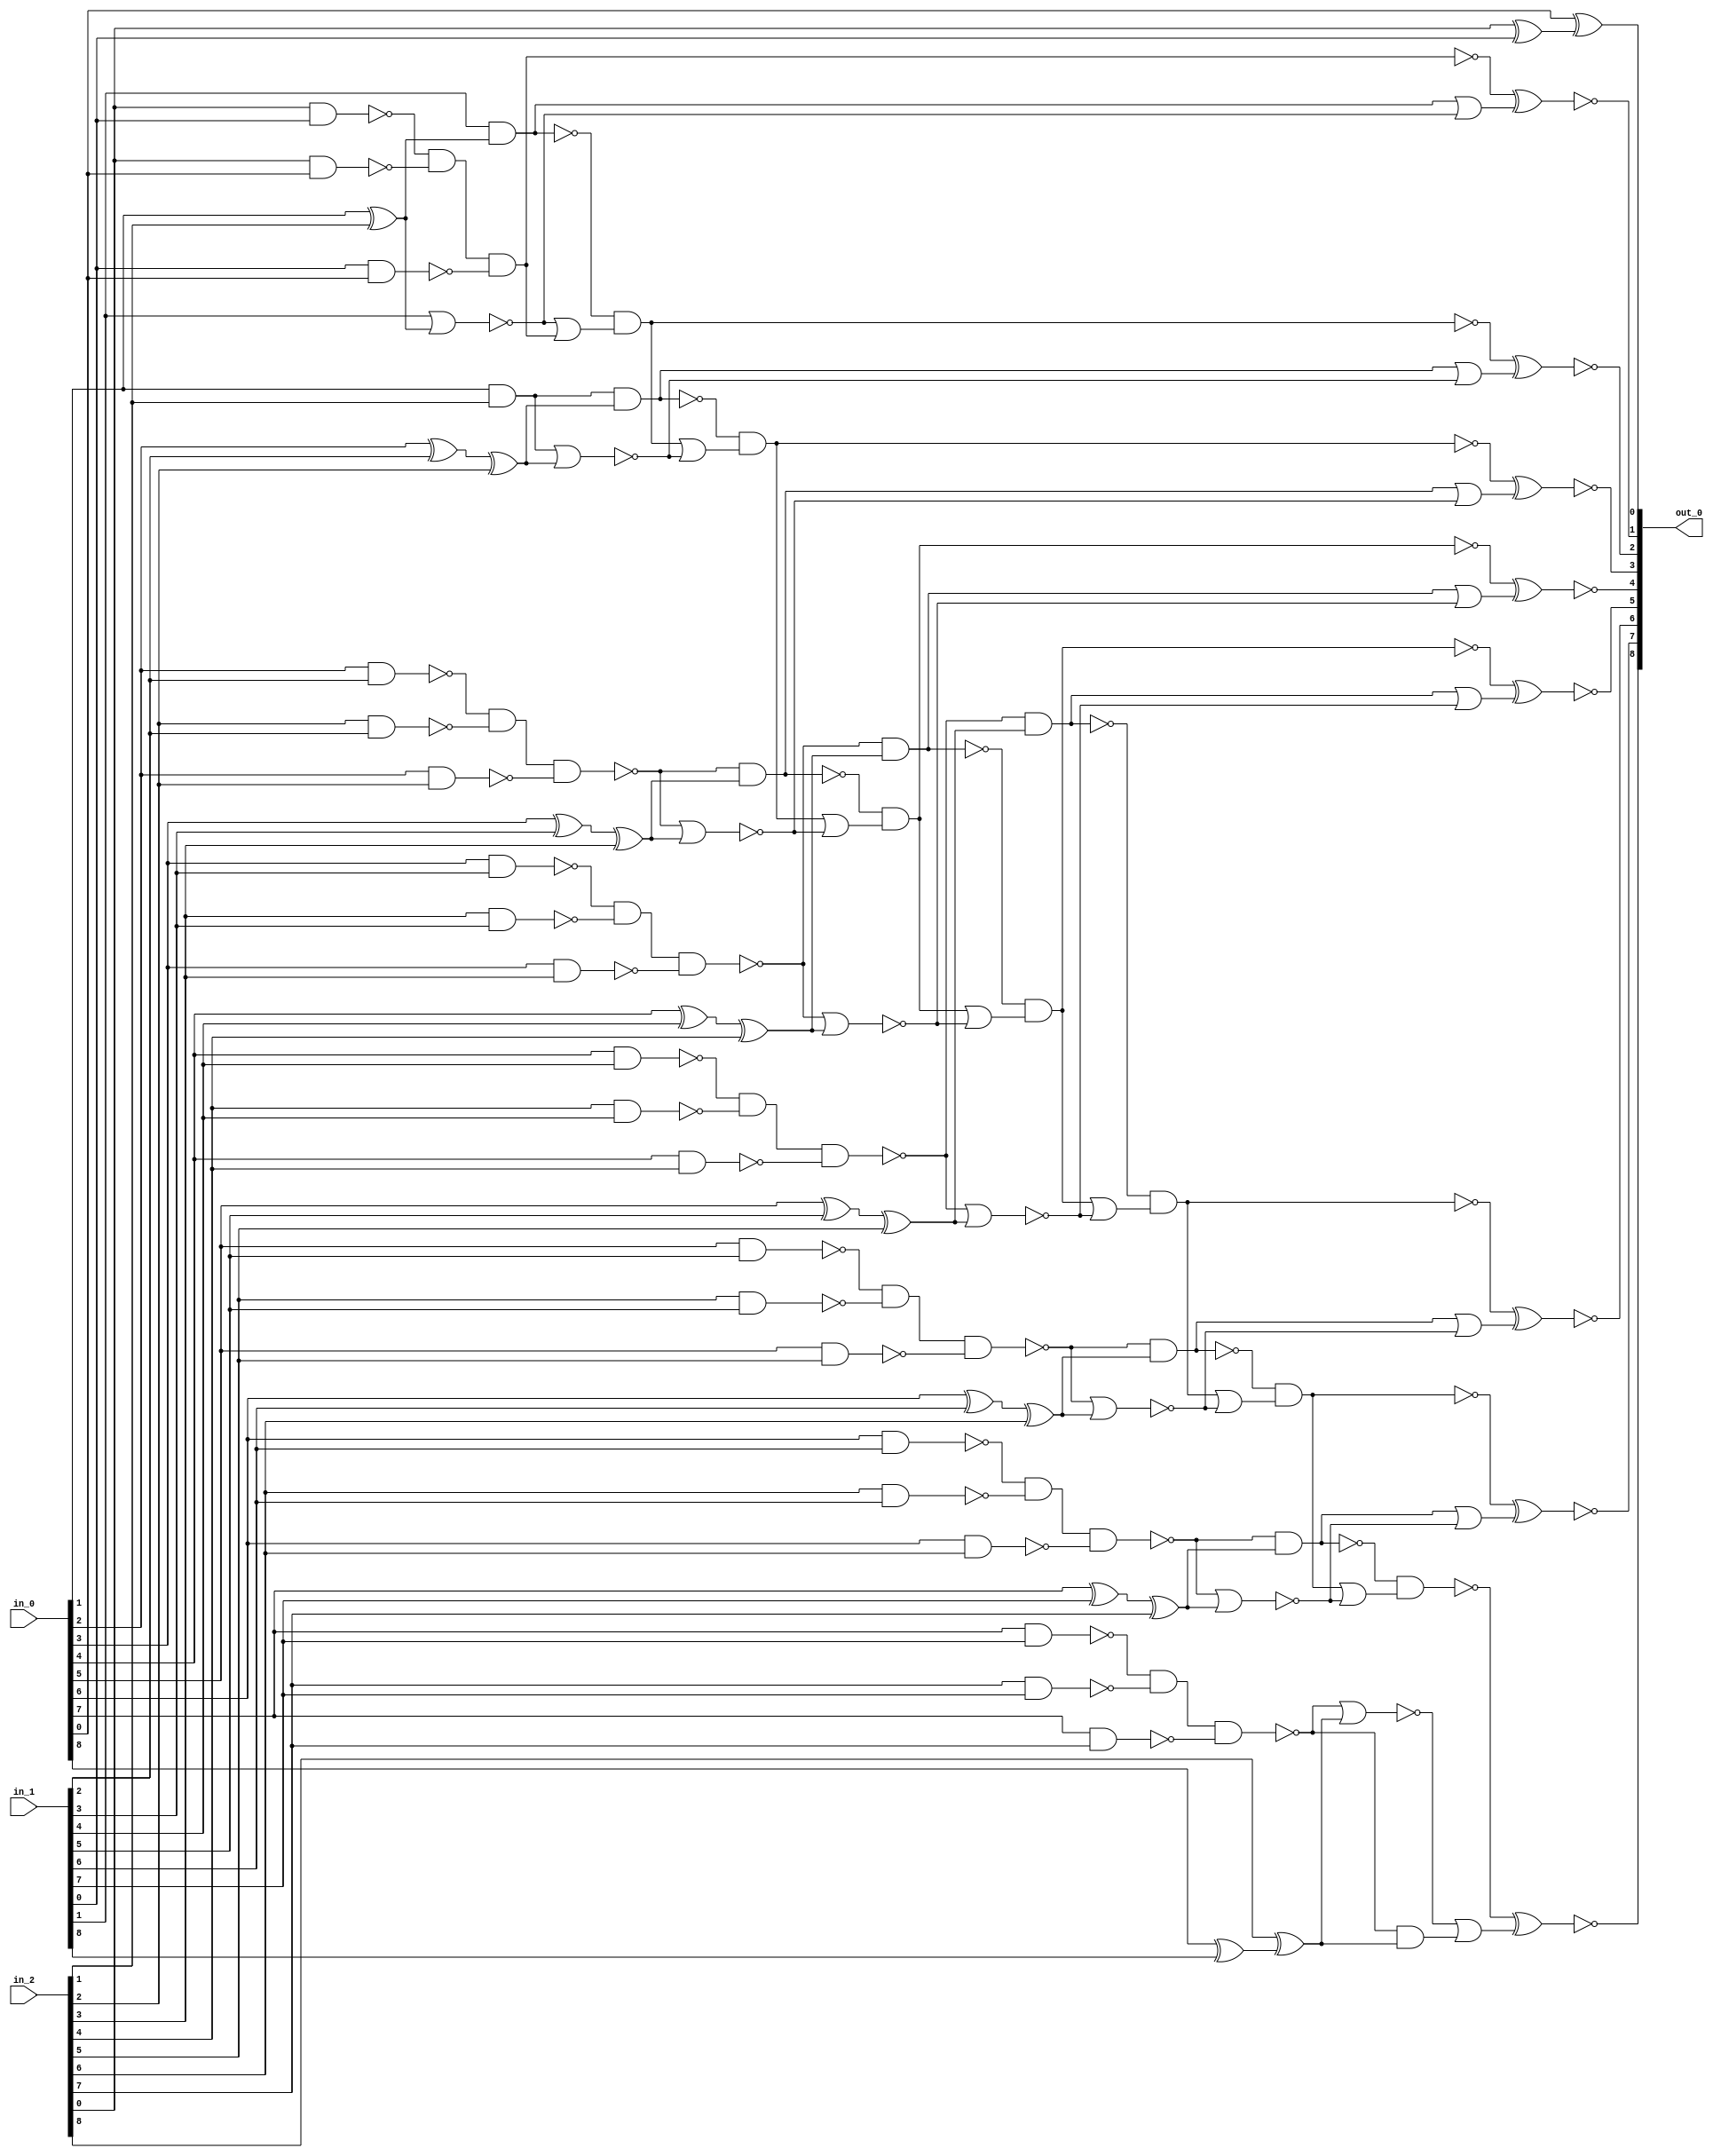
module csa_tree_add_133_23_group_102_GENERIC_REAL(in_0, in_1, in_2,
     out_0);
// synthesis_equation "assign out_0 = ( ( $signed(in_1) + $signed(in_2) )  + $signed(in_0) )  ;"
  input [8:0] in_0, in_1, in_2;
  output [8:0] out_0;
  wire [8:0] in_0, in_1, in_2;
  wire [8:0] out_0;
  wire n_37, n_38, n_39, n_40, n_41, n_42, n_43, n_44;
  wire n_45, n_46, n_47, n_48, n_49, n_50, n_51, n_52;
  wire n_53, n_54, n_55, n_60, n_61, n_62, n_63, n_64;
  wire n_65, n_66, n_67, n_68, n_69, n_70, n_71, n_72;
  wire n_73, n_74, n_75, n_76, n_77, n_78, n_79, n_80;
  wire n_81, n_82, n_91, n_92, n_93, n_94, n_95, n_97;
  wire n_98, n_99, n_100, n_102, n_103, n_105, n_106, n_107;
  wire n_108, n_110, n_111, n_112, n_113, n_115, n_116, n_117;
  wire n_118, n_120, n_121, n_122, n_123, n_125, n_126, n_127;
  wire n_128, n_130, n_131, n_132, n_133, n_134, n_135, n_136;
  wire n_137, n_138, n_139;
  xor g13 (n_53, in_0[1], in_2[1]);
  and g14 (n_43, in_0[1], in_2[1]);
  xor g15 (n_61, in_0[2], in_1[2]);
  xor g16 (n_52, n_61, in_2[2]);
  nand g17 (n_62, in_0[2], in_1[2]);
  nand g4 (n_63, in_2[2], in_1[2]);
  nand g5 (n_64, in_0[2], in_2[2]);
  nand g18 (n_42, n_62, n_63, n_64);
  xor g19 (n_65, in_0[3], in_1[3]);
  xor g20 (n_51, n_65, in_2[3]);
  nand g21 (n_66, in_0[3], in_1[3]);
  nand g22 (n_54, in_2[3], in_1[3]);
  nand g23 (n_55, in_0[3], in_2[3]);
  nand g6 (n_41, n_66, n_54, n_55);
  xor g24 (n_67, in_0[4], in_1[4]);
  xor g25 (n_50, n_67, in_2[4]);
  nand g26 (n_68, in_0[4], in_1[4]);
  nand g27 (n_69, in_2[4], in_1[4]);
  nand g28 (n_70, in_0[4], in_2[4]);
  nand g29 (n_40, n_68, n_69, n_70);
  xor g30 (n_71, in_0[5], in_1[5]);
  xor g31 (n_49, n_71, in_2[5]);
  nand g32 (n_72, in_0[5], in_1[5]);
  nand g33 (n_73, in_2[5], in_1[5]);
  nand g34 (n_74, in_0[5], in_2[5]);
  nand g35 (n_39, n_72, n_73, n_74);
  xor g36 (n_75, in_0[6], in_1[6]);
  xor g37 (n_48, n_75, in_2[6]);
  nand g38 (n_76, in_0[6], in_1[6]);
  nand g39 (n_77, in_2[6], in_1[6]);
  nand g40 (n_78, in_0[6], in_2[6]);
  nand g41 (n_38, n_76, n_77, n_78);
  xor g42 (n_79, in_0[7], in_1[7]);
  xor g43 (n_47, n_79, in_2[7]);
  nand g44 (n_80, in_0[7], in_1[7]);
  nand g45 (n_81, in_2[7], in_1[7]);
  nand g46 (n_82, in_0[7], in_2[7]);
  nand g47 (n_37, n_80, n_81, n_82);
  xor g51 (n_46, in_2[8], n_60);
  xor g58 (n_139, in_2[0], in_1[0]);
  nand g59 (n_91, in_2[0], in_1[0]);
  nand g60 (n_92, in_2[0], in_0[0]);
  nand g7 (n_93, in_1[0], in_0[0]);
  nand g8 (n_95, n_91, n_92, n_93);
  nor g9 (n_94, in_1[1], n_53);
  nand g10 (n_97, in_1[1], n_53);
  nor g11 (n_99, n_43, n_52);
  nand g12 (n_44, n_43, n_52);
  nor g61 (n_102, n_42, n_51);
  nand g62 (n_105, n_42, n_51);
  nor g63 (n_107, n_41, n_50);
  nand g64 (n_110, n_41, n_50);
  nor g65 (n_112, n_40, n_49);
  nand g66 (n_115, n_40, n_49);
  nor g67 (n_117, n_39, n_48);
  nand g68 (n_120, n_39, n_48);
  nor g69 (n_122, n_38, n_47);
  nand g70 (n_125, n_38, n_47);
  nand g75 (n_100, n_97, n_98);
  nand g78 (n_103, n_44, n_45);
  nand g81 (n_108, n_105, n_106);
  nand g84 (n_113, n_110, n_111);
  nand g87 (n_118, n_115, n_116);
  nand g90 (n_123, n_120, n_121);
  nand g93 (n_128, n_125, n_126);
  xnor g96 (out_0[1], n_95, n_131);
  xnor g98 (out_0[2], n_100, n_132);
  xnor g100 (out_0[3], n_103, n_133);
  xnor g102 (out_0[4], n_108, n_134);
  xnor g104 (out_0[5], n_113, n_135);
  xnor g106 (out_0[6], n_118, n_136);
  xnor g108 (out_0[7], n_123, n_137);
  xnor g110 (out_0[8], n_128, n_138);
  xor g111 (out_0[0], in_0[0], n_139);
  xor g112 (n_60, in_0[8], in_1[8]);
  or g113 (n_98, n_94, wc);
  not gc (wc, n_95);
  or g114 (n_131, wc0, n_94);
  not gc0 (wc0, n_97);
  and g115 (n_127, n_37, n_46);
  or g116 (n_130, n_37, n_46);
  or g117 (n_132, wc1, n_99);
  not gc1 (wc1, n_44);
  or g118 (n_133, wc2, n_102);
  not gc2 (wc2, n_105);
  or g119 (n_134, wc3, n_107);
  not gc3 (wc3, n_110);
  or g120 (n_135, wc4, n_112);
  not gc4 (wc4, n_115);
  or g121 (n_136, wc5, n_117);
  not gc5 (wc5, n_120);
  or g122 (n_137, wc6, n_122);
  not gc6 (wc6, n_125);
  or g123 (n_45, wc7, n_99);
  not gc7 (wc7, n_100);
  or g124 (n_138, wc8, n_127);
  not gc8 (wc8, n_130);
  or g125 (n_106, wc9, n_102);
  not gc9 (wc9, n_103);
  or g126 (n_111, wc10, n_107);
  not gc10 (wc10, n_108);
  or g127 (n_116, wc11, n_112);
  not gc11 (wc11, n_113);
  or g128 (n_121, wc12, n_117);
  not gc12 (wc12, n_118);
  or g129 (n_126, wc13, n_122);
  not gc13 (wc13, n_123);
endmodule

module csa_tree_add_133_23_group_102_GENERIC(in_0, in_1, in_2, out_0);
  input [8:0] in_0, in_1, in_2;
  output [8:0] out_0;
  wire [8:0] in_0, in_1, in_2;
  wire [8:0] out_0;
  csa_tree_add_133_23_group_102_GENERIC_REAL g1(.in_0 (in_0), .in_1
       (in_1), .in_2 (in_2), .out_0 (out_0));
endmodule

module csa_tree_add_38_13_group_104_GENERIC_REAL(in_0, in_1, in_2,
     out_0);
// synthesis_equation "assign out_0 = ( $signed(in_2) + ( $signed(in_0) * $signed(in_1) )  )  ;"
  input [1:0] in_0;
  input [8:0] in_1;
  input [11:0] in_2;
  output [11:0] out_0;
  wire [1:0] in_0;
  wire [8:0] in_1;
  wire [11:0] in_2;
  wire [11:0] out_0;
  wire n_38, n_39, n_40, n_41, n_42, n_43, n_44, n_45;
  wire n_46, n_47, n_49, n_50, n_51, n_52, n_53, n_54;
  wire n_55, n_56, n_57, n_58, n_60, n_62, n_63, n_64;
  wire n_65, n_66, n_67, n_68, n_69, n_70, n_71, n_72;
  wire n_73, n_74, n_76, n_77, n_79, n_85, n_86, n_87;
  wire n_88, n_89, n_90, n_91, n_92, n_93, n_94, n_95;
  wire n_96, n_97, n_98, n_99, n_100, n_101, n_102, n_103;
  wire n_104, n_105, n_106, n_107, n_108, n_109, n_110, n_111;
  wire n_112, n_113, n_114, n_115, n_116, n_117, n_121, n_123;
  wire n_126, n_127, n_128, n_129, n_131, n_132, n_133, n_134;
  wire n_136, n_137, n_138, n_140, n_141, n_142, n_143, n_145;
  wire n_146, n_147, n_148, n_150, n_151, n_152, n_153, n_155;
  wire n_156, n_157, n_158, n_160, n_161, n_162, n_163, n_165;
  wire n_166, n_167, n_168, n_170, n_171, n_172, n_173, n_175;
  wire n_176, n_177, n_178, n_179, n_180, n_181, n_182, n_183;
  wire n_184, n_185, n_186;
  and g2 (n_47, in_1[0], in_0[0]);
  and g3 (n_46, in_1[1], in_0[0]);
  and g4 (n_63, in_1[2], in_0[0]);
  and g5 (n_65, in_1[3], in_0[0]);
  and g6 (n_67, in_1[4], in_0[0]);
  and g7 (n_69, in_1[5], in_0[0]);
  and g8 (n_71, in_1[6], in_0[0]);
  and g9 (n_73, in_1[7], in_0[0]);
  nand g10 (n_76, in_1[8], in_0[0]);
  nand g11 (n_62, in_1[0], in_0[1]);
  nand g12 (n_64, in_1[1], in_0[1]);
  nand g13 (n_66, in_1[2], in_0[1]);
  nand g14 (n_68, in_1[3], in_0[1]);
  nand g15 (n_70, in_1[4], in_0[1]);
  nand g16 (n_72, in_1[5], in_0[1]);
  nand g17 (n_74, in_1[6], in_0[1]);
  nand g18 (n_77, in_1[7], in_0[1]);
  and g19 (n_79, in_1[8], in_0[1]);
  nand g35 (n_85, in_2[1], n_62);
  xor g37 (n_86, in_2[2], n_63);
  xor g38 (n_57, n_86, n_64);
  nand g39 (n_87, in_2[2], n_63);
  nand g40 (n_88, n_64, n_63);
  nand g41 (n_89, in_2[2], n_64);
  nand g42 (n_44, n_87, n_88, n_89);
  xor g43 (n_90, in_2[3], n_65);
  xor g44 (n_56, n_90, n_66);
  nand g45 (n_91, in_2[3], n_65);
  nand g46 (n_92, n_66, n_65);
  nand g47 (n_93, in_2[3], n_66);
  nand g48 (n_43, n_91, n_92, n_93);
  xor g49 (n_94, in_2[4], n_67);
  xor g50 (n_55, n_94, n_68);
  nand g51 (n_95, in_2[4], n_67);
  nand g52 (n_96, n_68, n_67);
  nand g53 (n_97, in_2[4], n_68);
  nand g54 (n_42, n_95, n_96, n_97);
  xor g55 (n_98, in_2[5], n_69);
  xor g56 (n_54, n_98, n_70);
  nand g57 (n_99, in_2[5], n_69);
  nand g58 (n_100, n_70, n_69);
  nand g59 (n_101, in_2[5], n_70);
  nand g60 (n_41, n_99, n_100, n_101);
  xor g61 (n_102, in_2[6], n_71);
  xor g62 (n_53, n_102, n_72);
  nand g63 (n_103, in_2[6], n_71);
  nand g64 (n_104, n_72, n_71);
  nand g65 (n_105, in_2[6], n_72);
  nand g66 (n_40, n_103, n_104, n_105);
  xor g67 (n_106, in_2[7], n_73);
  xor g68 (n_52, n_106, n_74);
  nand g69 (n_107, in_2[7], n_73);
  nand g70 (n_108, n_74, n_73);
  nand g71 (n_109, in_2[7], n_74);
  nand g72 (n_39, n_107, n_108, n_109);
  xor g75 (n_110, n_76, n_77);
  nand g77 (n_111, n_76, n_77);
  nand g80 (n_38, n_111, n_112, n_113);
  xor g81 (n_114, in_2[9], n_79);
  xor g82 (n_50, n_114, in_2[8]);
  nand g83 (n_115, in_2[9], n_79);
  nand g84 (n_116, in_2[8], n_79);
  nand g85 (n_117, in_2[9], in_2[8]);
  nand g86 (n_49, n_115, n_116, n_117);
  nand g93 (n_121, n_47, in_2[0]);
  nor g96 (n_123, n_46, n_58);
  nand g97 (n_126, n_46, n_58);
  nor g98 (n_128, n_45, n_57);
  nand g99 (n_131, n_45, n_57);
  nor g100 (n_133, n_44, n_56);
  nand g101 (n_136, n_44, n_56);
  nor g102 (n_60, n_43, n_55);
  nand g103 (n_140, n_43, n_55);
  nor g104 (n_142, n_42, n_54);
  nand g105 (n_145, n_42, n_54);
  nor g106 (n_147, n_41, n_53);
  nand g20 (n_150, n_41, n_53);
  nor g21 (n_152, n_40, n_52);
  nand g22 (n_155, n_40, n_52);
  nor g23 (n_157, n_39, n_51);
  nand g24 (n_160, n_39, n_51);
  nor g25 (n_162, n_38, n_50);
  nand g26 (n_165, n_38, n_50);
  nand g109 (n_129, n_126, n_127);
  nand g112 (n_134, n_131, n_132);
  nand g115 (n_138, n_136, n_137);
  nand g118 (n_143, n_140, n_141);
  nand g121 (n_148, n_145, n_146);
  nand g124 (n_153, n_150, n_151);
  nand g127 (n_158, n_155, n_156);
  nand g130 (n_163, n_160, n_161);
  nand g133 (n_168, n_165, n_166);
  nand g136 (n_173, n_170, n_171);
  xnor g141 (out_0[2], n_129, n_177);
  xnor g143 (out_0[3], n_134, n_178);
  xnor g145 (out_0[4], n_138, n_179);
  xnor g147 (out_0[5], n_143, n_180);
  xnor g149 (out_0[6], n_148, n_181);
  xnor g151 (out_0[7], n_153, n_182);
  xnor g153 (out_0[8], n_158, n_183);
  xnor g155 (out_0[9], n_163, n_184);
  xnor g157 (out_0[10], n_168, n_185);
  xnor g159 (out_0[11], n_173, n_186);
  xor g160 (out_0[0], in_2[0], n_47);
  xnor g164 (n_58, n_62, in_2[1]);
  or g166 (n_112, in_2[8], wc);
  not gc (wc, n_77);
  or g167 (n_113, in_2[8], wc0);
  not gc0 (wc0, n_76);
  or g168 (n_45, in_2[1], wc1, n_62);
  not gc1 (wc1, n_85);
  xnor g169 (n_51, n_110, in_2[8]);
  and g171 (n_172, in_2[10], wc2);
  not gc2 (wc2, in_2[11]);
  or g172 (n_175, in_2[10], wc3);
  not gc3 (wc3, in_2[11]);
  and g173 (n_167, in_2[10], wc4);
  not gc4 (wc4, n_49);
  or g174 (n_170, in_2[10], wc5);
  not gc5 (wc5, n_49);
  or g175 (n_127, n_121, n_123);
  or g176 (n_176, wc6, n_123);
  not gc6 (wc6, n_126);
  or g177 (n_186, wc7, n_172);
  not gc7 (wc7, n_175);
  xor g178 (out_0[1], n_121, n_176);
  or g179 (n_177, wc8, n_128);
  not gc8 (wc8, n_131);
  or g180 (n_178, wc9, n_133);
  not gc9 (wc9, n_136);
  or g181 (n_179, wc10, n_60);
  not gc10 (wc10, n_140);
  or g182 (n_180, wc11, n_142);
  not gc11 (wc11, n_145);
  or g183 (n_181, wc12, n_147);
  not gc12 (wc12, n_150);
  or g184 (n_182, wc13, n_152);
  not gc13 (wc13, n_155);
  or g185 (n_183, wc14, n_157);
  not gc14 (wc14, n_160);
  or g186 (n_184, wc15, n_162);
  not gc15 (wc15, n_165);
  or g187 (n_185, wc16, n_167);
  not gc16 (wc16, n_170);
  or g188 (n_132, wc17, n_128);
  not gc17 (wc17, n_129);
  or g189 (n_137, wc18, n_133);
  not gc18 (wc18, n_134);
  or g190 (n_141, wc19, n_60);
  not gc19 (wc19, n_138);
  or g191 (n_146, wc20, n_142);
  not gc20 (wc20, n_143);
  or g192 (n_151, wc21, n_147);
  not gc21 (wc21, n_148);
  or g193 (n_156, wc22, n_152);
  not gc22 (wc22, n_153);
  or g194 (n_161, wc23, n_157);
  not gc23 (wc23, n_158);
  or g195 (n_166, wc24, n_162);
  not gc24 (wc24, n_163);
  or g196 (n_171, n_167, wc25);
  not gc25 (wc25, n_168);
endmodule

module csa_tree_add_38_13_group_104_GENERIC(in_0, in_1, in_2, out_0);
  input [1:0] in_0;
  input [8:0] in_1;
  input [11:0] in_2;
  output [11:0] out_0;
  wire [1:0] in_0;
  wire [8:0] in_1;
  wire [11:0] in_2;
  wire [11:0] out_0;
  csa_tree_add_38_13_group_104_GENERIC_REAL g1(.in_0 (in_0), .in_1
       (in_1), .in_2 (in_2), .out_0 (out_0));
endmodule

module csa_tree_add_38_13_group_104_168_GENERIC_REAL(in_0, in_1, in_2,
     out_0);
// synthesis_equation "assign out_0 = ( $signed(in_2) + ( $signed(in_0) * $signed(in_1) )  )  ;"
  input [1:0] in_0;
  input [8:0] in_1;
  input [11:0] in_2;
  output [11:0] out_0;
  wire [1:0] in_0;
  wire [8:0] in_1;
  wire [11:0] in_2;
  wire [11:0] out_0;
  wire n_38, n_39, n_40, n_41, n_42, n_43, n_44, n_45;
  wire n_46, n_47, n_49, n_50, n_51, n_52, n_53, n_54;
  wire n_55, n_56, n_57, n_58, n_60, n_62, n_63, n_64;
  wire n_65, n_66, n_67, n_68, n_69, n_70, n_71, n_72;
  wire n_73, n_74, n_76, n_77, n_79, n_85, n_86, n_87;
  wire n_88, n_89, n_90, n_91, n_92, n_93, n_94, n_95;
  wire n_96, n_97, n_98, n_99, n_100, n_101, n_102, n_103;
  wire n_104, n_105, n_106, n_107, n_108, n_109, n_110, n_111;
  wire n_112, n_113, n_114, n_115, n_116, n_117, n_121, n_123;
  wire n_126, n_127, n_128, n_129, n_131, n_132, n_133, n_134;
  wire n_136, n_137, n_138, n_140, n_141, n_142, n_143, n_145;
  wire n_146, n_147, n_148, n_150, n_151, n_152, n_153, n_155;
  wire n_156, n_157, n_158, n_160, n_161, n_162, n_163, n_165;
  wire n_166, n_167, n_168, n_170, n_171, n_172, n_173, n_175;
  wire n_176, n_177, n_178, n_179, n_180, n_181, n_182, n_183;
  wire n_184, n_185, n_186;
  and g2 (n_47, in_1[0], in_0[0]);
  and g3 (n_46, in_1[1], in_0[0]);
  and g4 (n_63, in_1[2], in_0[0]);
  and g5 (n_65, in_1[3], in_0[0]);
  and g6 (n_67, in_1[4], in_0[0]);
  and g7 (n_69, in_1[5], in_0[0]);
  and g8 (n_71, in_1[6], in_0[0]);
  and g9 (n_73, in_1[7], in_0[0]);
  nand g10 (n_76, in_1[8], in_0[0]);
  nand g11 (n_62, in_1[0], in_0[1]);
  nand g12 (n_64, in_1[1], in_0[1]);
  nand g13 (n_66, in_1[2], in_0[1]);
  nand g14 (n_68, in_1[3], in_0[1]);
  nand g15 (n_70, in_1[4], in_0[1]);
  nand g16 (n_72, in_1[5], in_0[1]);
  nand g17 (n_74, in_1[6], in_0[1]);
  nand g18 (n_77, in_1[7], in_0[1]);
  and g19 (n_79, in_1[8], in_0[1]);
  nand g35 (n_85, in_2[1], n_62);
  xor g37 (n_86, in_2[2], n_63);
  xor g38 (n_57, n_86, n_64);
  nand g39 (n_87, in_2[2], n_63);
  nand g40 (n_88, n_64, n_63);
  nand g41 (n_89, in_2[2], n_64);
  nand g42 (n_44, n_87, n_88, n_89);
  xor g43 (n_90, in_2[3], n_65);
  xor g44 (n_56, n_90, n_66);
  nand g45 (n_91, in_2[3], n_65);
  nand g46 (n_92, n_66, n_65);
  nand g47 (n_93, in_2[3], n_66);
  nand g48 (n_43, n_91, n_92, n_93);
  xor g49 (n_94, in_2[4], n_67);
  xor g50 (n_55, n_94, n_68);
  nand g51 (n_95, in_2[4], n_67);
  nand g52 (n_96, n_68, n_67);
  nand g53 (n_97, in_2[4], n_68);
  nand g54 (n_42, n_95, n_96, n_97);
  xor g55 (n_98, in_2[5], n_69);
  xor g56 (n_54, n_98, n_70);
  nand g57 (n_99, in_2[5], n_69);
  nand g58 (n_100, n_70, n_69);
  nand g59 (n_101, in_2[5], n_70);
  nand g60 (n_41, n_99, n_100, n_101);
  xor g61 (n_102, in_2[6], n_71);
  xor g62 (n_53, n_102, n_72);
  nand g63 (n_103, in_2[6], n_71);
  nand g64 (n_104, n_72, n_71);
  nand g65 (n_105, in_2[6], n_72);
  nand g66 (n_40, n_103, n_104, n_105);
  xor g67 (n_106, in_2[7], n_73);
  xor g68 (n_52, n_106, n_74);
  nand g69 (n_107, in_2[7], n_73);
  nand g70 (n_108, n_74, n_73);
  nand g71 (n_109, in_2[7], n_74);
  nand g72 (n_39, n_107, n_108, n_109);
  xor g75 (n_110, n_76, n_77);
  nand g77 (n_111, n_76, n_77);
  nand g80 (n_38, n_111, n_112, n_113);
  xor g81 (n_114, in_2[9], n_79);
  xor g82 (n_50, n_114, in_2[8]);
  nand g83 (n_115, in_2[9], n_79);
  nand g84 (n_116, in_2[8], n_79);
  nand g85 (n_117, in_2[9], in_2[8]);
  nand g86 (n_49, n_115, n_116, n_117);
  nand g93 (n_121, n_47, in_2[0]);
  nor g96 (n_123, n_46, n_58);
  nand g97 (n_126, n_46, n_58);
  nor g98 (n_128, n_45, n_57);
  nand g99 (n_131, n_45, n_57);
  nor g100 (n_133, n_44, n_56);
  nand g101 (n_136, n_44, n_56);
  nor g102 (n_60, n_43, n_55);
  nand g103 (n_140, n_43, n_55);
  nor g104 (n_142, n_42, n_54);
  nand g105 (n_145, n_42, n_54);
  nor g106 (n_147, n_41, n_53);
  nand g20 (n_150, n_41, n_53);
  nor g21 (n_152, n_40, n_52);
  nand g22 (n_155, n_40, n_52);
  nor g23 (n_157, n_39, n_51);
  nand g24 (n_160, n_39, n_51);
  nor g25 (n_162, n_38, n_50);
  nand g26 (n_165, n_38, n_50);
  nand g109 (n_129, n_126, n_127);
  nand g112 (n_134, n_131, n_132);
  nand g115 (n_138, n_136, n_137);
  nand g118 (n_143, n_140, n_141);
  nand g121 (n_148, n_145, n_146);
  nand g124 (n_153, n_150, n_151);
  nand g127 (n_158, n_155, n_156);
  nand g130 (n_163, n_160, n_161);
  nand g133 (n_168, n_165, n_166);
  nand g136 (n_173, n_170, n_171);
  xnor g141 (out_0[2], n_129, n_177);
  xnor g143 (out_0[3], n_134, n_178);
  xnor g145 (out_0[4], n_138, n_179);
  xnor g147 (out_0[5], n_143, n_180);
  xnor g149 (out_0[6], n_148, n_181);
  xnor g151 (out_0[7], n_153, n_182);
  xnor g153 (out_0[8], n_158, n_183);
  xnor g155 (out_0[9], n_163, n_184);
  xnor g157 (out_0[10], n_168, n_185);
  xnor g159 (out_0[11], n_173, n_186);
  xor g160 (out_0[0], in_2[0], n_47);
  xnor g164 (n_58, n_62, in_2[1]);
  or g166 (n_112, in_2[8], wc);
  not gc (wc, n_77);
  or g167 (n_113, in_2[8], wc0);
  not gc0 (wc0, n_76);
  or g168 (n_45, in_2[1], wc1, n_62);
  not gc1 (wc1, n_85);
  xnor g169 (n_51, n_110, in_2[8]);
  and g171 (n_172, in_2[10], wc2);
  not gc2 (wc2, in_2[11]);
  or g172 (n_175, in_2[10], wc3);
  not gc3 (wc3, in_2[11]);
  and g173 (n_167, in_2[10], wc4);
  not gc4 (wc4, n_49);
  or g174 (n_170, in_2[10], wc5);
  not gc5 (wc5, n_49);
  or g175 (n_127, n_121, n_123);
  or g176 (n_176, wc6, n_123);
  not gc6 (wc6, n_126);
  or g177 (n_186, wc7, n_172);
  not gc7 (wc7, n_175);
  xor g178 (out_0[1], n_121, n_176);
  or g179 (n_177, wc8, n_128);
  not gc8 (wc8, n_131);
  or g180 (n_178, wc9, n_133);
  not gc9 (wc9, n_136);
  or g181 (n_179, wc10, n_60);
  not gc10 (wc10, n_140);
  or g182 (n_180, wc11, n_142);
  not gc11 (wc11, n_145);
  or g183 (n_181, wc12, n_147);
  not gc12 (wc12, n_150);
  or g184 (n_182, wc13, n_152);
  not gc13 (wc13, n_155);
  or g185 (n_183, wc14, n_157);
  not gc14 (wc14, n_160);
  or g186 (n_184, wc15, n_162);
  not gc15 (wc15, n_165);
  or g187 (n_185, wc16, n_167);
  not gc16 (wc16, n_170);
  or g188 (n_132, wc17, n_128);
  not gc17 (wc17, n_129);
  or g189 (n_137, wc18, n_133);
  not gc18 (wc18, n_134);
  or g190 (n_141, wc19, n_60);
  not gc19 (wc19, n_138);
  or g191 (n_146, wc20, n_142);
  not gc20 (wc20, n_143);
  or g192 (n_151, wc21, n_147);
  not gc21 (wc21, n_148);
  or g193 (n_156, wc22, n_152);
  not gc22 (wc22, n_153);
  or g194 (n_161, wc23, n_157);
  not gc23 (wc23, n_158);
  or g195 (n_166, wc24, n_162);
  not gc24 (wc24, n_163);
  or g196 (n_171, n_167, wc25);
  not gc25 (wc25, n_168);
endmodule

module csa_tree_add_38_13_group_104_168_GENERIC(in_0, in_1, in_2,
     out_0);
  input [1:0] in_0;
  input [8:0] in_1;
  input [11:0] in_2;
  output [11:0] out_0;
  wire [1:0] in_0;
  wire [8:0] in_1;
  wire [11:0] in_2;
  wire [11:0] out_0;
  csa_tree_add_38_13_group_104_168_GENERIC_REAL g1(.in_0 (in_0), .in_1
       (in_1), .in_2 (in_2), .out_0 (out_0));
endmodule

module csa_tree_add_38_13_group_104_169_GENERIC_REAL(in_0, in_1, in_2,
     out_0);
// synthesis_equation "assign out_0 = ( $signed(in_2) + ( $signed(in_0) * $signed(in_1) )  )  ;"
  input [1:0] in_0;
  input [8:0] in_1;
  input [11:0] in_2;
  output [11:0] out_0;
  wire [1:0] in_0;
  wire [8:0] in_1;
  wire [11:0] in_2;
  wire [11:0] out_0;
  wire n_38, n_39, n_40, n_41, n_42, n_43, n_44, n_45;
  wire n_46, n_47, n_49, n_50, n_51, n_52, n_53, n_54;
  wire n_55, n_56, n_57, n_58, n_60, n_62, n_63, n_64;
  wire n_65, n_66, n_67, n_68, n_69, n_70, n_71, n_72;
  wire n_73, n_74, n_76, n_77, n_79, n_85, n_86, n_87;
  wire n_88, n_89, n_90, n_91, n_92, n_93, n_94, n_95;
  wire n_96, n_97, n_98, n_99, n_100, n_101, n_102, n_103;
  wire n_104, n_105, n_106, n_107, n_108, n_109, n_110, n_111;
  wire n_112, n_113, n_114, n_115, n_116, n_117, n_121, n_123;
  wire n_126, n_127, n_128, n_129, n_131, n_132, n_133, n_134;
  wire n_136, n_137, n_138, n_140, n_141, n_142, n_143, n_145;
  wire n_146, n_147, n_148, n_150, n_151, n_152, n_153, n_155;
  wire n_156, n_157, n_158, n_160, n_161, n_162, n_163, n_165;
  wire n_166, n_167, n_168, n_170, n_171, n_172, n_173, n_175;
  wire n_176, n_177, n_178, n_179, n_180, n_181, n_182, n_183;
  wire n_184, n_185, n_186;
  and g2 (n_47, in_1[0], in_0[0]);
  and g3 (n_46, in_1[1], in_0[0]);
  and g4 (n_63, in_1[2], in_0[0]);
  and g5 (n_65, in_1[3], in_0[0]);
  and g6 (n_67, in_1[4], in_0[0]);
  and g7 (n_69, in_1[5], in_0[0]);
  and g8 (n_71, in_1[6], in_0[0]);
  and g9 (n_73, in_1[7], in_0[0]);
  nand g10 (n_76, in_1[8], in_0[0]);
  nand g11 (n_62, in_1[0], in_0[1]);
  nand g12 (n_64, in_1[1], in_0[1]);
  nand g13 (n_66, in_1[2], in_0[1]);
  nand g14 (n_68, in_1[3], in_0[1]);
  nand g15 (n_70, in_1[4], in_0[1]);
  nand g16 (n_72, in_1[5], in_0[1]);
  nand g17 (n_74, in_1[6], in_0[1]);
  nand g18 (n_77, in_1[7], in_0[1]);
  and g19 (n_79, in_1[8], in_0[1]);
  nand g35 (n_85, in_2[1], n_62);
  xor g37 (n_86, in_2[2], n_63);
  xor g38 (n_57, n_86, n_64);
  nand g39 (n_87, in_2[2], n_63);
  nand g40 (n_88, n_64, n_63);
  nand g41 (n_89, in_2[2], n_64);
  nand g42 (n_44, n_87, n_88, n_89);
  xor g43 (n_90, in_2[3], n_65);
  xor g44 (n_56, n_90, n_66);
  nand g45 (n_91, in_2[3], n_65);
  nand g46 (n_92, n_66, n_65);
  nand g47 (n_93, in_2[3], n_66);
  nand g48 (n_43, n_91, n_92, n_93);
  xor g49 (n_94, in_2[4], n_67);
  xor g50 (n_55, n_94, n_68);
  nand g51 (n_95, in_2[4], n_67);
  nand g52 (n_96, n_68, n_67);
  nand g53 (n_97, in_2[4], n_68);
  nand g54 (n_42, n_95, n_96, n_97);
  xor g55 (n_98, in_2[5], n_69);
  xor g56 (n_54, n_98, n_70);
  nand g57 (n_99, in_2[5], n_69);
  nand g58 (n_100, n_70, n_69);
  nand g59 (n_101, in_2[5], n_70);
  nand g60 (n_41, n_99, n_100, n_101);
  xor g61 (n_102, in_2[6], n_71);
  xor g62 (n_53, n_102, n_72);
  nand g63 (n_103, in_2[6], n_71);
  nand g64 (n_104, n_72, n_71);
  nand g65 (n_105, in_2[6], n_72);
  nand g66 (n_40, n_103, n_104, n_105);
  xor g67 (n_106, in_2[7], n_73);
  xor g68 (n_52, n_106, n_74);
  nand g69 (n_107, in_2[7], n_73);
  nand g70 (n_108, n_74, n_73);
  nand g71 (n_109, in_2[7], n_74);
  nand g72 (n_39, n_107, n_108, n_109);
  xor g75 (n_110, n_76, n_77);
  nand g77 (n_111, n_76, n_77);
  nand g80 (n_38, n_111, n_112, n_113);
  xor g81 (n_114, in_2[9], n_79);
  xor g82 (n_50, n_114, in_2[8]);
  nand g83 (n_115, in_2[9], n_79);
  nand g84 (n_116, in_2[8], n_79);
  nand g85 (n_117, in_2[9], in_2[8]);
  nand g86 (n_49, n_115, n_116, n_117);
  nand g93 (n_121, n_47, in_2[0]);
  nor g96 (n_123, n_46, n_58);
  nand g97 (n_126, n_46, n_58);
  nor g98 (n_128, n_45, n_57);
  nand g99 (n_131, n_45, n_57);
  nor g100 (n_133, n_44, n_56);
  nand g101 (n_136, n_44, n_56);
  nor g102 (n_60, n_43, n_55);
  nand g103 (n_140, n_43, n_55);
  nor g104 (n_142, n_42, n_54);
  nand g105 (n_145, n_42, n_54);
  nor g106 (n_147, n_41, n_53);
  nand g20 (n_150, n_41, n_53);
  nor g21 (n_152, n_40, n_52);
  nand g22 (n_155, n_40, n_52);
  nor g23 (n_157, n_39, n_51);
  nand g24 (n_160, n_39, n_51);
  nor g25 (n_162, n_38, n_50);
  nand g26 (n_165, n_38, n_50);
  nand g109 (n_129, n_126, n_127);
  nand g112 (n_134, n_131, n_132);
  nand g115 (n_138, n_136, n_137);
  nand g118 (n_143, n_140, n_141);
  nand g121 (n_148, n_145, n_146);
  nand g124 (n_153, n_150, n_151);
  nand g127 (n_158, n_155, n_156);
  nand g130 (n_163, n_160, n_161);
  nand g133 (n_168, n_165, n_166);
  nand g136 (n_173, n_170, n_171);
  xnor g141 (out_0[2], n_129, n_177);
  xnor g143 (out_0[3], n_134, n_178);
  xnor g145 (out_0[4], n_138, n_179);
  xnor g147 (out_0[5], n_143, n_180);
  xnor g149 (out_0[6], n_148, n_181);
  xnor g151 (out_0[7], n_153, n_182);
  xnor g153 (out_0[8], n_158, n_183);
  xnor g155 (out_0[9], n_163, n_184);
  xnor g157 (out_0[10], n_168, n_185);
  xnor g159 (out_0[11], n_173, n_186);
  xor g160 (out_0[0], in_2[0], n_47);
  xnor g164 (n_58, n_62, in_2[1]);
  or g166 (n_112, in_2[8], wc);
  not gc (wc, n_77);
  or g167 (n_113, in_2[8], wc0);
  not gc0 (wc0, n_76);
  or g168 (n_45, in_2[1], wc1, n_62);
  not gc1 (wc1, n_85);
  xnor g169 (n_51, n_110, in_2[8]);
  and g171 (n_172, in_2[10], wc2);
  not gc2 (wc2, in_2[11]);
  or g172 (n_175, in_2[10], wc3);
  not gc3 (wc3, in_2[11]);
  and g173 (n_167, in_2[10], wc4);
  not gc4 (wc4, n_49);
  or g174 (n_170, in_2[10], wc5);
  not gc5 (wc5, n_49);
  or g175 (n_127, n_121, n_123);
  or g176 (n_176, wc6, n_123);
  not gc6 (wc6, n_126);
  or g177 (n_186, wc7, n_172);
  not gc7 (wc7, n_175);
  xor g178 (out_0[1], n_121, n_176);
  or g179 (n_177, wc8, n_128);
  not gc8 (wc8, n_131);
  or g180 (n_178, wc9, n_133);
  not gc9 (wc9, n_136);
  or g181 (n_179, wc10, n_60);
  not gc10 (wc10, n_140);
  or g182 (n_180, wc11, n_142);
  not gc11 (wc11, n_145);
  or g183 (n_181, wc12, n_147);
  not gc12 (wc12, n_150);
  or g184 (n_182, wc13, n_152);
  not gc13 (wc13, n_155);
  or g185 (n_183, wc14, n_157);
  not gc14 (wc14, n_160);
  or g186 (n_184, wc15, n_162);
  not gc15 (wc15, n_165);
  or g187 (n_185, wc16, n_167);
  not gc16 (wc16, n_170);
  or g188 (n_132, wc17, n_128);
  not gc17 (wc17, n_129);
  or g189 (n_137, wc18, n_133);
  not gc18 (wc18, n_134);
  or g190 (n_141, wc19, n_60);
  not gc19 (wc19, n_138);
  or g191 (n_146, wc20, n_142);
  not gc20 (wc20, n_143);
  or g192 (n_151, wc21, n_147);
  not gc21 (wc21, n_148);
  or g193 (n_156, wc22, n_152);
  not gc22 (wc22, n_153);
  or g194 (n_161, wc23, n_157);
  not gc23 (wc23, n_158);
  or g195 (n_166, wc24, n_162);
  not gc24 (wc24, n_163);
  or g196 (n_171, n_167, wc25);
  not gc25 (wc25, n_168);
endmodule

module csa_tree_add_38_13_group_104_169_GENERIC(in_0, in_1, in_2,
     out_0);
  input [1:0] in_0;
  input [8:0] in_1;
  input [11:0] in_2;
  output [11:0] out_0;
  wire [1:0] in_0;
  wire [8:0] in_1;
  wire [11:0] in_2;
  wire [11:0] out_0;
  csa_tree_add_38_13_group_104_169_GENERIC_REAL g1(.in_0 (in_0), .in_1
       (in_1), .in_2 (in_2), .out_0 (out_0));
endmodule